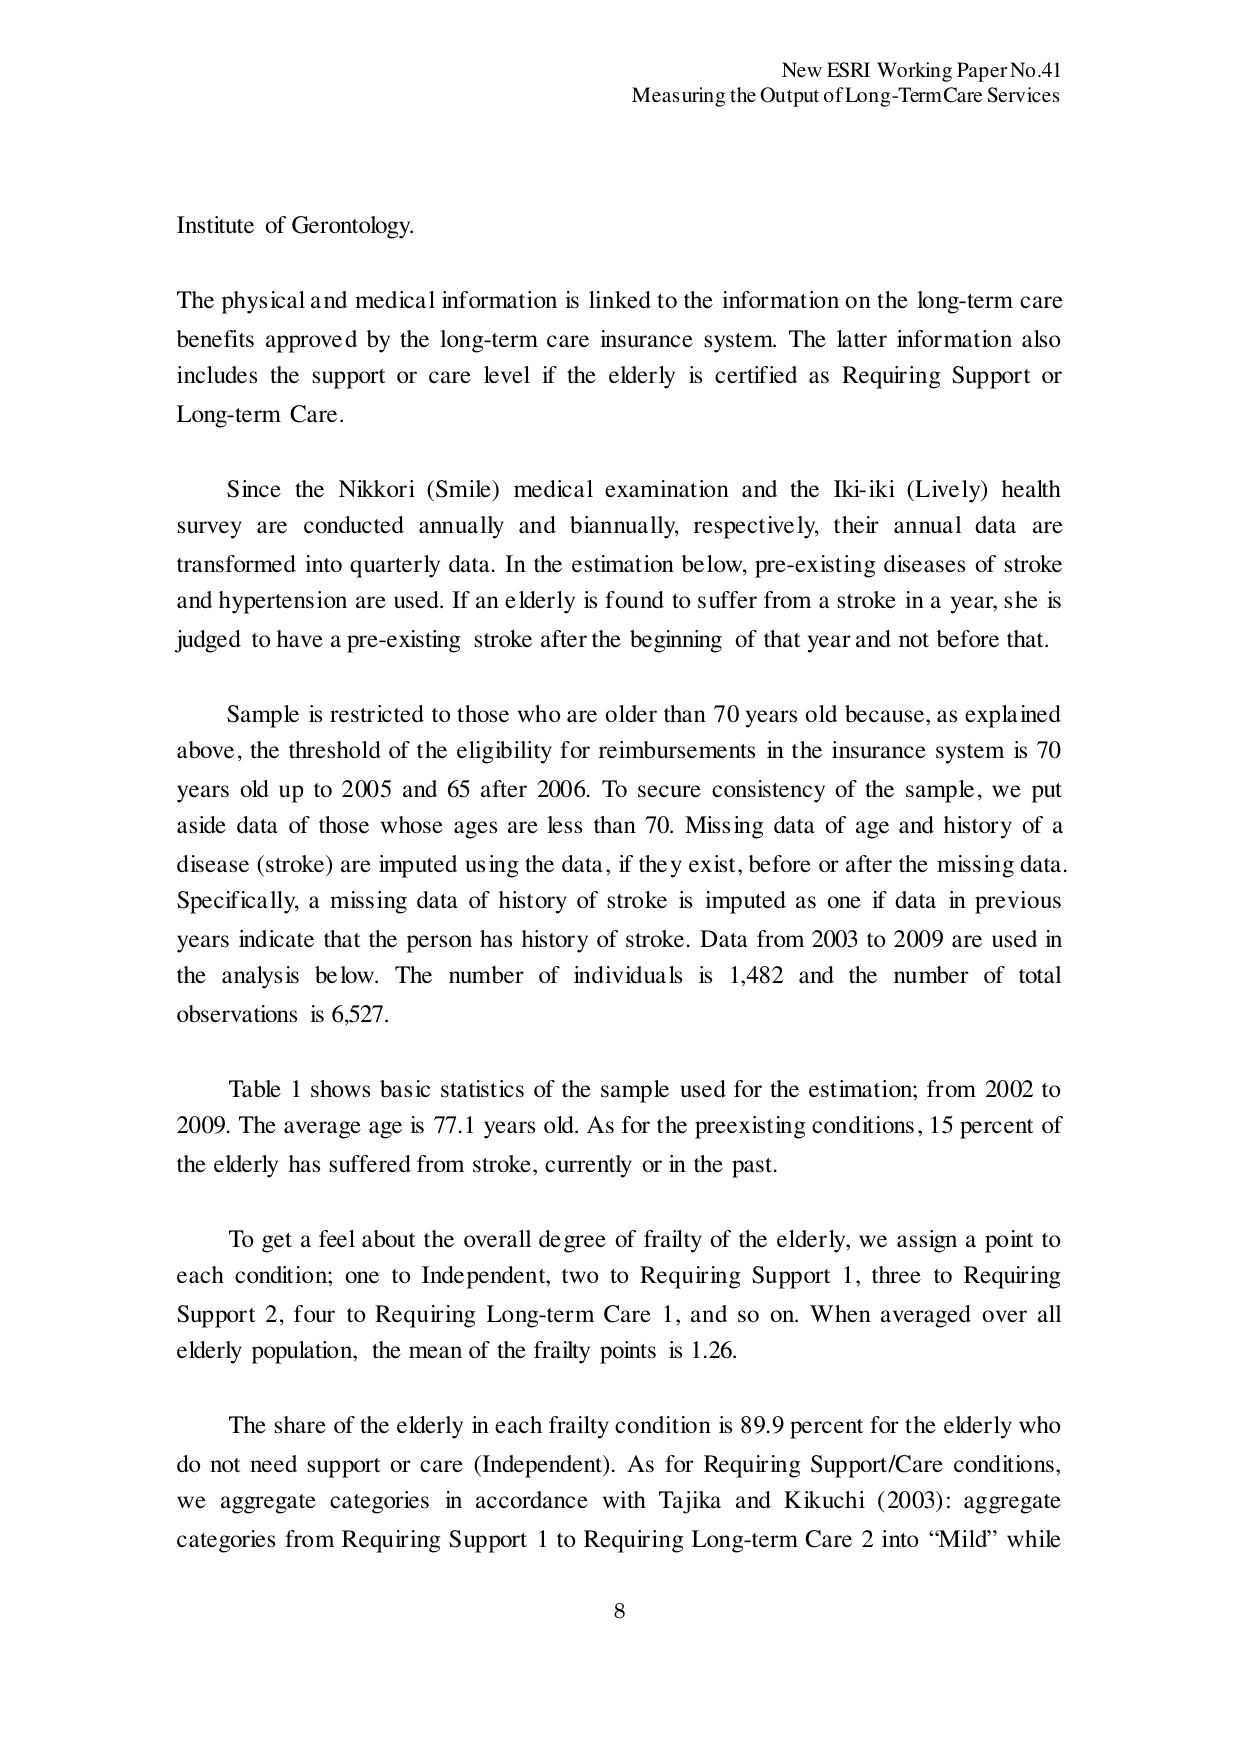
New ESRI Working Paper No.41
Measuring the Output of Long-Term Care Services

Institute of Gerontology.

The physical and medical information is linked to the information on the long-term care benefits approved by the long-term care insurance system. The latter information also includes the support or care level if the elderly is certified as Requiring Support or Long-term Care.

Since the Nikkori (Smile) medical examination and the Iki-iki (Lively) health survey are conducted annually and biannually, respectively, their annual data are transformed into quarterly data. In the estimation below, pre-existing diseases of stroke and hypertension are used. If an elderly is found to suffer from a stroke in a year, she is judged to have a pre-existing stroke after the beginning of that year and not before that.

Sample is restricted to those who are older than 70 years old because, as explained above, the threshold of the eligibility for reimbursements in the insurance system is 70 years old up to 2005 and 65 after 2006. To secure consistency of the sample, we put aside data of those whose ages are less than 70. Missing data of age and history of a disease (stroke) are imputed using the data, if they exist, before or after the missing data. Specifically, a missing data of history of stroke is imputed as one if data in previous years indicate that the person has history of stroke. Data from 2003 to 2009 are used in the analysis below. The number of individuals is 1,482 and the number of total observations is 6,527.

Table 1 shows basic statistics of the sample used for the estimation; from 2002 to 2009. The average age is 77.1 years old. As for the preexisting conditions, 15 percent of the elderly has suffered from stroke, currently or in the past.

To get a feel about the overall degree of frailty of the elderly, we assign a point to each condition; one to Independent, two to Requiring Support 1, three to Requiring Support 2, four to Requiring Long-term Care 1, and so on. When averaged over all elderly population, the mean of the frailty points is 1.26.

The share of the elderly in each frailty condition is 89.9 percent for the elderly who do not need support or care (Independent). As for Requiring Support/Care conditions, we aggregate categories in accordance with Tajika and Kikuchi (2003): aggregate categories from Requiring Support 1 to Requiring Long-term Care 2 into “Mild” while

8